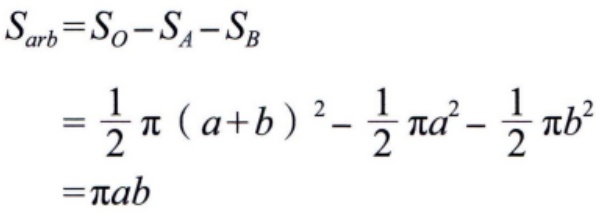
\[
\begin{align*}
S_{arb}&=S_O - S_A - S_B\\
&=\frac{1}{2}\pi(a + b)^2-\frac{1}{2}\pi a^2-\frac{1}{2}\pi b^2\\
&=\pi ab
\end{align*}
\]